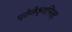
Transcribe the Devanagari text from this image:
प्रोजेक्शनिस्ट